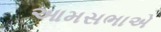
આમસભાએ